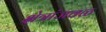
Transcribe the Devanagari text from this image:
क्षेत्रांजवळ